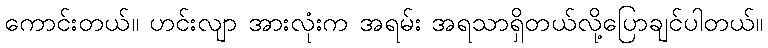
ကောင်းတယ်။ ဟင်းလျာ အားလုံးက အရမ်း အရသာရှိတယ်လို့ပြောချင်ပါတယ်။